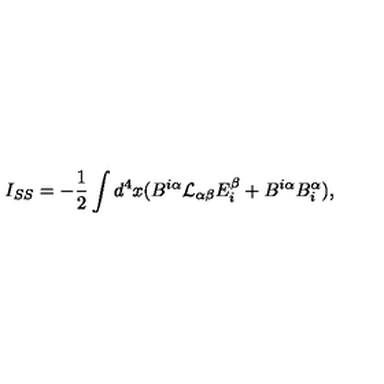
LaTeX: I _ { S S } = - \frac { 1 } { 2 } \int d ^ { 4 } x ( B ^ { i \alpha } { \cal L } _ { \alpha \beta } E _ { i } ^ { \beta } + B ^ { i \alpha } B _ { i } ^ { \alpha } ) ,